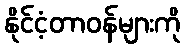
နိုင်ငံ့တာဝန်များကို